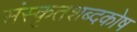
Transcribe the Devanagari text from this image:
संस्कृतशब्दकोष